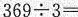
$$3 6 9 \div 3 =$$